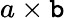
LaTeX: a\times\mathtt{b}